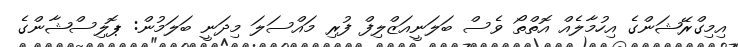
އިމިގްރޭޝަންގެ އިހުމާލެއް އޮތްތޯ ވެސް ބަލަނީއަޒްލިފް ފުރި މައްސަލަ މިދަނީ ބަލަމުން: ޕޮލިސްޝާންގެ